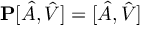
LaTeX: { \bf P } [ \hat { A } , \hat { V } ] = [ \hat { A } , \hat { V } ]